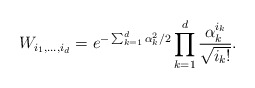
\begin{align*}W_{i_1,\ldots,i_{d}}=e^{-\sum_{k=1}^{d}\alpha_k^2/2}\prod_{k=1}^{d}\frac{\alpha_k^{i_k}}{\sqrt{i_k !}}.\end{align*}